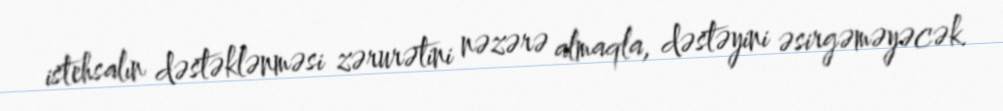
istehsalın dəstəklənməsi zərurətini nəzərə almaqla, dəstəyini əsirgəməyəcək.